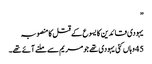
”
یہودی قائدین کا یسوع کے قتل کا منصوبہ
45 وہاں کئی یہودی تھے جو مریم سے ملنے آئے تھے۔